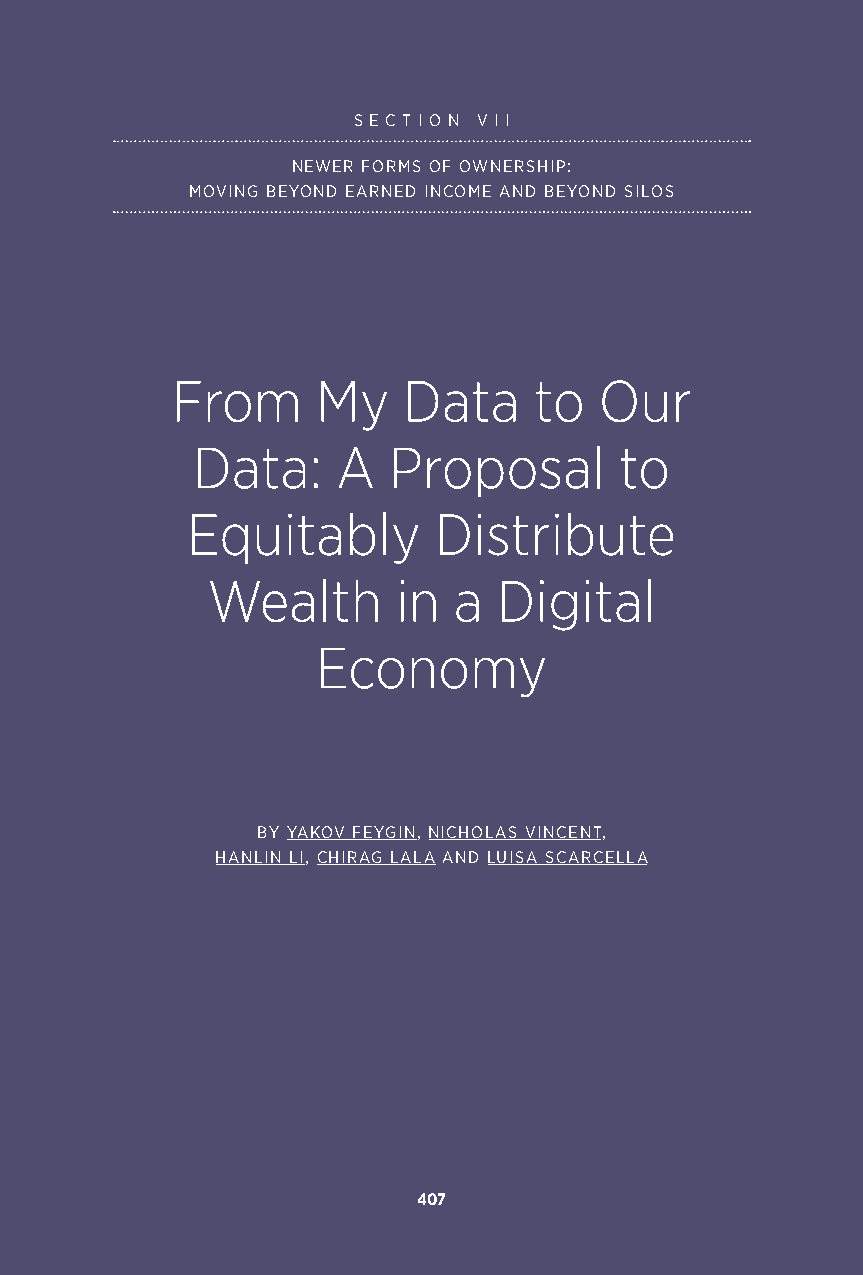
S E C T I O N V I I
 NEWER FORMS OF OWNERSHIP:
 MOVING BEYOND EARNED INCOME AND BEYOND SILOS
 From      My    Data    to   Our
 Data:    A   Proposal       to
 Equitably        Distribute
 Wealth      in  a  Digital
 Economy
 BY YAKOV FEYGIN, NICHOLAS VINCENT,
 HANLIN LI, CHIRAG LALA AND LUISA SCARCELLA
 407